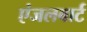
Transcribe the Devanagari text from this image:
एंजलबार्ट